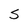
Character: S